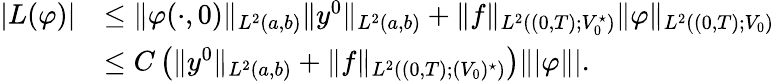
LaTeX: \begin{array}{rl}{|L(\varphi)|}&{\leq\| \varphi(\cdot,0)\| _{L^{2}(a,b)}\| y^{0}\| _{L^{2}(a,b)}+\| f\| _{L^{2}((0,T);V_{0}^{\star})}\| \varphi\| _{L^{2}((0,T);V_{0})}}\\ &{\leq C\left(\| y^{0}\| _{L^{2}(a,b)}+\| f\| _{L^{2}((0,T);(V_{0})^{\star})}\right)\| |\varphi\| |.}\end{array}